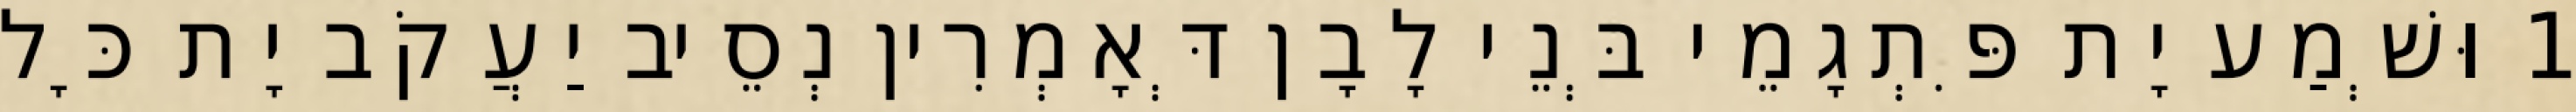
1 וּשְׁמַע יָת פִּתְגָמֵי בְּנֵי לָבָן דְּאָמְרִין נְסֵיב יַעֲקֹב יָת כָּל